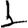
Digit: 1